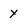
Character: Y